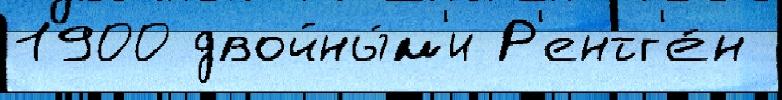
1900 двойны́м'и Р'ентг'е́н